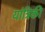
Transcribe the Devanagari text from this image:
यांत्रिकी